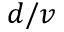
d / v